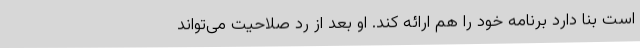
است بنا دارد برنامه خود را هم ارائه کند. او بعد از رد صلاحیت می‌تواند